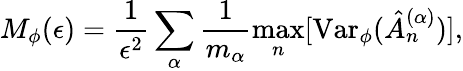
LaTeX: M_{\phi}(\epsilon)=\frac{1}{\epsilon^{2}}\sum_{\alpha}\frac{1}{m_{\alpha}}\operatorname*{max}_{n}[\mathrm{Var}_{\phi}(\hat{A}_{n}^{(\alpha)})],